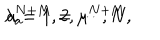
\lambda _ { a } ^ { N + M } = \mu ^ { N + M } , \hspace { 1 0 m m } a = 1 , 2 , \cdots , N .